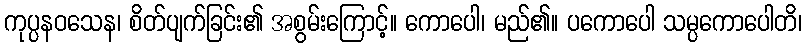
ကုပ္ပနဝသေန၊ စိတ်ပျက်ခြင်း၏ အစွမ်းကြောင့်။ ကောပေါ၊ မည်၏။ ပကောပေါ သမ္ပကောပေါတိ၊